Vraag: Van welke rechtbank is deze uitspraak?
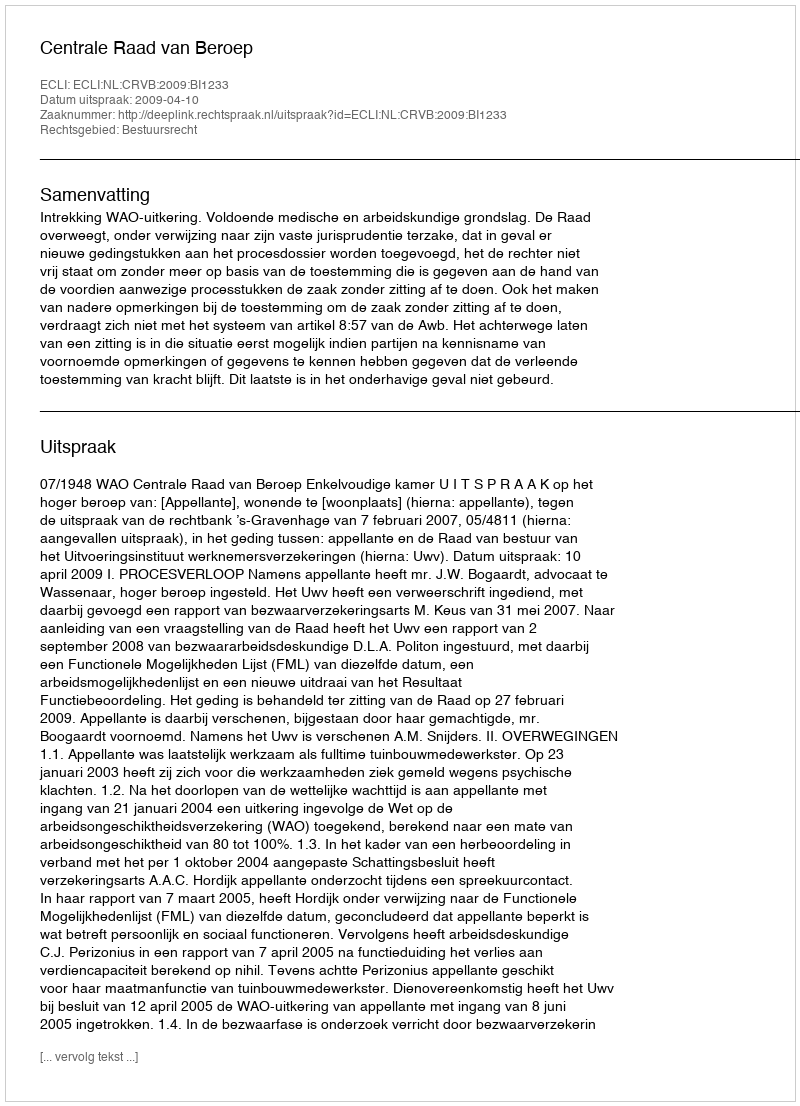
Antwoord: Centrale Raad van Beroep